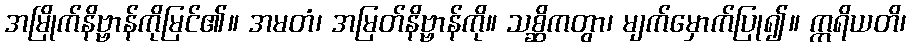
အမြိုက်နိဗ္ဗာန်ကိုမြင်၏။ အမတံ၊ အမြတ်နိဗ္ဗာန်ကို။ သစ္ဆိကတွာ၊ မျက်မှောက်ပြု၍။ ဣရိယတိ၊